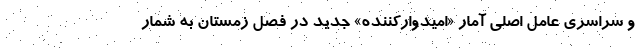
و سراسری عامل اصلی آمار «امیدوارکننده» جدید در فصل زمستان به شمار